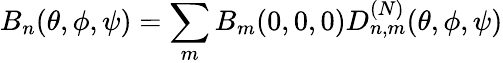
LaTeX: B_{n}(\theta,\phi,\psi)=\sum_{m}B_{m}(0,0,0)D_{n,m}^{(N)}(\theta,\phi,\psi)